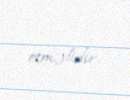
etməlidir.